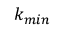
k _ { m i n }